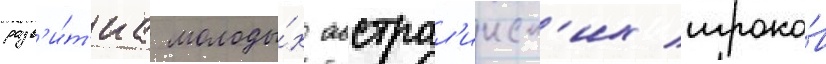
разв'и́т'иа молоды́х австрал'ииск'их игроко́в